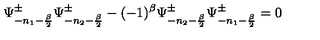
\Psi _ { - n _ { 1 } - { \frac { \beta } { 2 } } } ^ { \pm } \Psi _ { - n _ { 2 } - { \frac { \beta } { 2 } } } ^ { \pm } - ( - 1 ) ^ { \beta } \Psi _ { - n _ { 2 } - { \frac { \beta } { 2 } } } ^ { \pm } \Psi _ { - n _ { 1 } - { \frac { \beta } { 2 } } } ^ { \pm } = 0